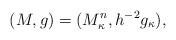
LaTeX: \begin{align*} (M,g)=(M^n_{\kappa},h^{-2}g_{\kappa}),\end{align*}